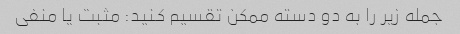
جمله زیر را به دو دسته ممکن تقسیم کنید: مثبت یا منفی